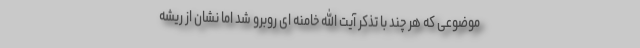
موضوعی که هر چند با تذکر آیت الله خامنه ای روبرو شد اما نشان از ریشه